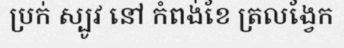
ប្រក់ ស្បូវ នៅ កំពង់ខែ ត្រលង្វែក